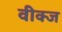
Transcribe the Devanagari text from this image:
वीक्ज